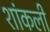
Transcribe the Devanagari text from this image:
शांकली